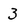
Character: 3